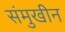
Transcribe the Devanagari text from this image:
संमुखीन